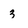
Character: 3